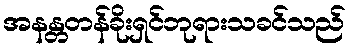
အနန္တတန်ခိုးရှင်ဘုရားသခင်သည်